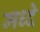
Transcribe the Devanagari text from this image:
मध्दे